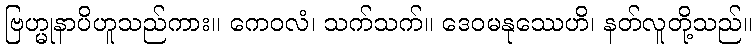
ဗြဟ္မုနာပိဟူသည်ကား။ ကေဝလံ၊ သက်သက်။ ဒေဝမနုဿေဟိ၊ နတ်လူတို့သည်။